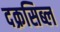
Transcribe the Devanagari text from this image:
दक्रसिब्ल